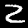
Digit: 2